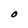
Character: O